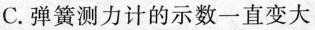
C.弹簧测力计的示数一直变大